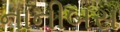
નાનીબસ